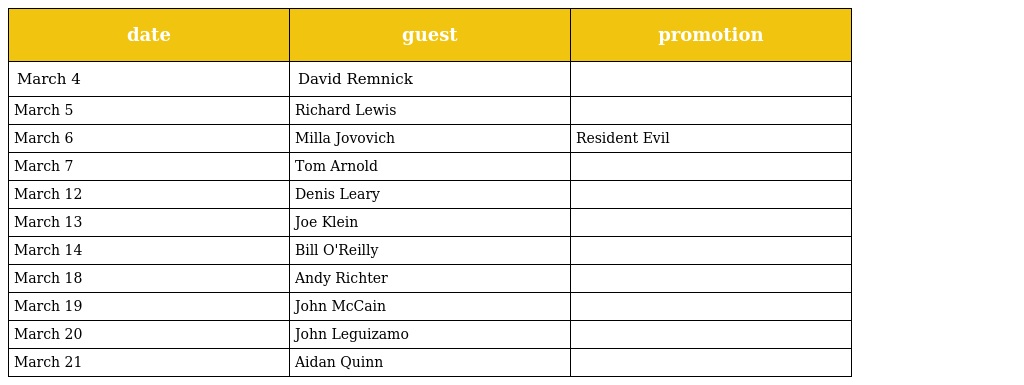
| date | guest | promotion |
 | --- | --- | --- |
 | March 4 | David Remnick |  |
 | March 5 | Richard Lewis |  |
 | March 6 | Milla Jovovich | Resident Evil |
 | March 7 | Tom Arnold |  |
 | March 12 | Denis Leary |  |
 | March 13 | Joe Klein |  |
 | March 14 | Bill O'Reilly |  |
 | March 18 | Andy Richter |  |
 | March 19 | John McCain |  |
 | March 20 | John Leguizamo |  |
 | March 21 | Aidan Quinn |  |